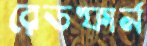
রেডফার্ন